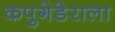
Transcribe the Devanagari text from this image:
कपुगेडेराला